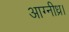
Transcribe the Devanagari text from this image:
आग्नीध्र।